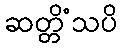
ဆတ္တိံသပိ